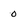
Character: 0